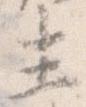
生